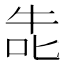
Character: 𭇤